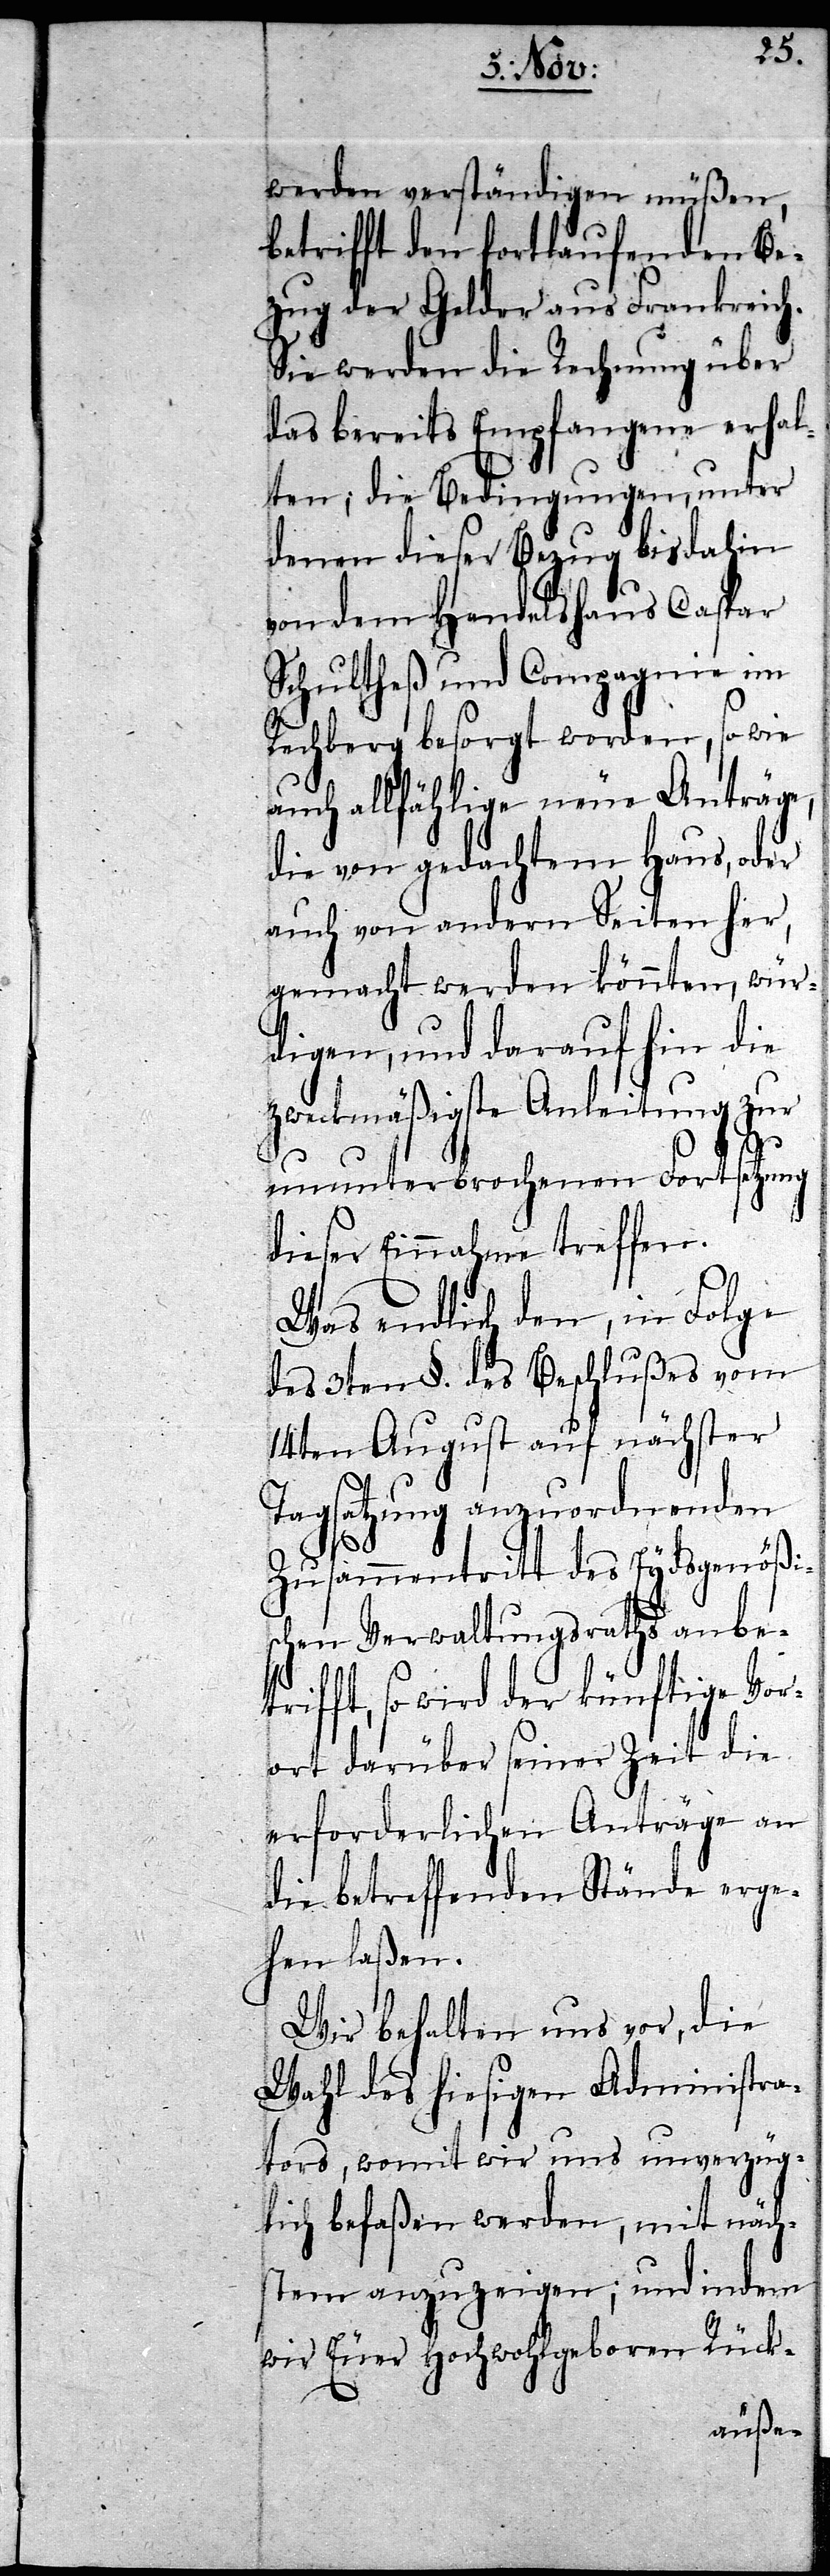
werden verständigen müßen,
betrifft den fortlaufenden Be¬
zug der Gelder aus Frankreich.
Sie werden die Rechnung über
das bereits Empfangene erhal¬
ten; die Bedingungen, unter
denen dieser Bezug bisdahin
von dem Handelshaus Caspar
Schultheß und Compagnie im
Rechberg besorgt worden, so wie
auch allfählige neue Anträge,
die von gedachtem Haus, oder
auch von andern Seiten her,
gemacht werden könnten, wür¬
digen, und daraufhin die
zweckmäßigste Anleitung zur
ununterbrochenen Fortsetzung
dieser Einnahme treffen.
Was endlich den, in Folge
des 3ten §. des Beschlußes vom
14ten August auf nächster
Tagsatzung anzuordnenden
Zusammentritt des Eydsgenößi¬
schen Verwaltungsraths anbet¬
rifft, so wird der künftige Vor¬
ort darüber seiner Zeit die
erforderlichen Anträge an
die betreffenden Stände erge¬
hen laßen.
Wir behalten uns vor, die
Wahl des hiesigen Administra¬
tors, womit wir uns unverzüg¬
lich befaßen werden, mit näch¬
stem anzuzeigen; und indem
wir Euer Hochwohlgeboren Rück-